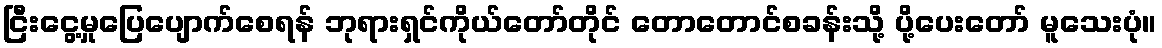
ငြီးငွေ့မှုပြေပျောက်စေရန် ဘုရားရှင်ကိုယ်တော်တိုင် တောတောင်စခန်းသို့ ပို့ပေးတော် မူသေးပုံ။